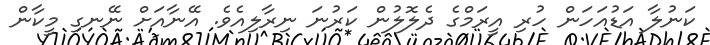
ކަނުލާ އަޑުއަހަން ހުރި އީރަމްގެ ދެލޮލުން ކަރުނަ ނިރާލިއެވެ. އޭނާއަށް ނޭނގި މީކާން